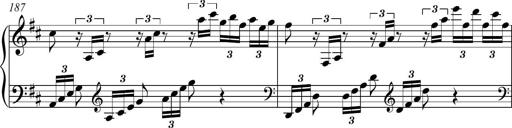
Title: Piano Sonatina in A major
Composer: Z Q Sysmoebius
Key: A major